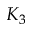
K _ { 3 }